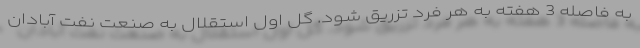
به فاصله 3 هفته به هر فرد تزریق شود. گل اول استقلال به صنعت نفت آبادان